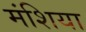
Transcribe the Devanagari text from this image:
मंशिया